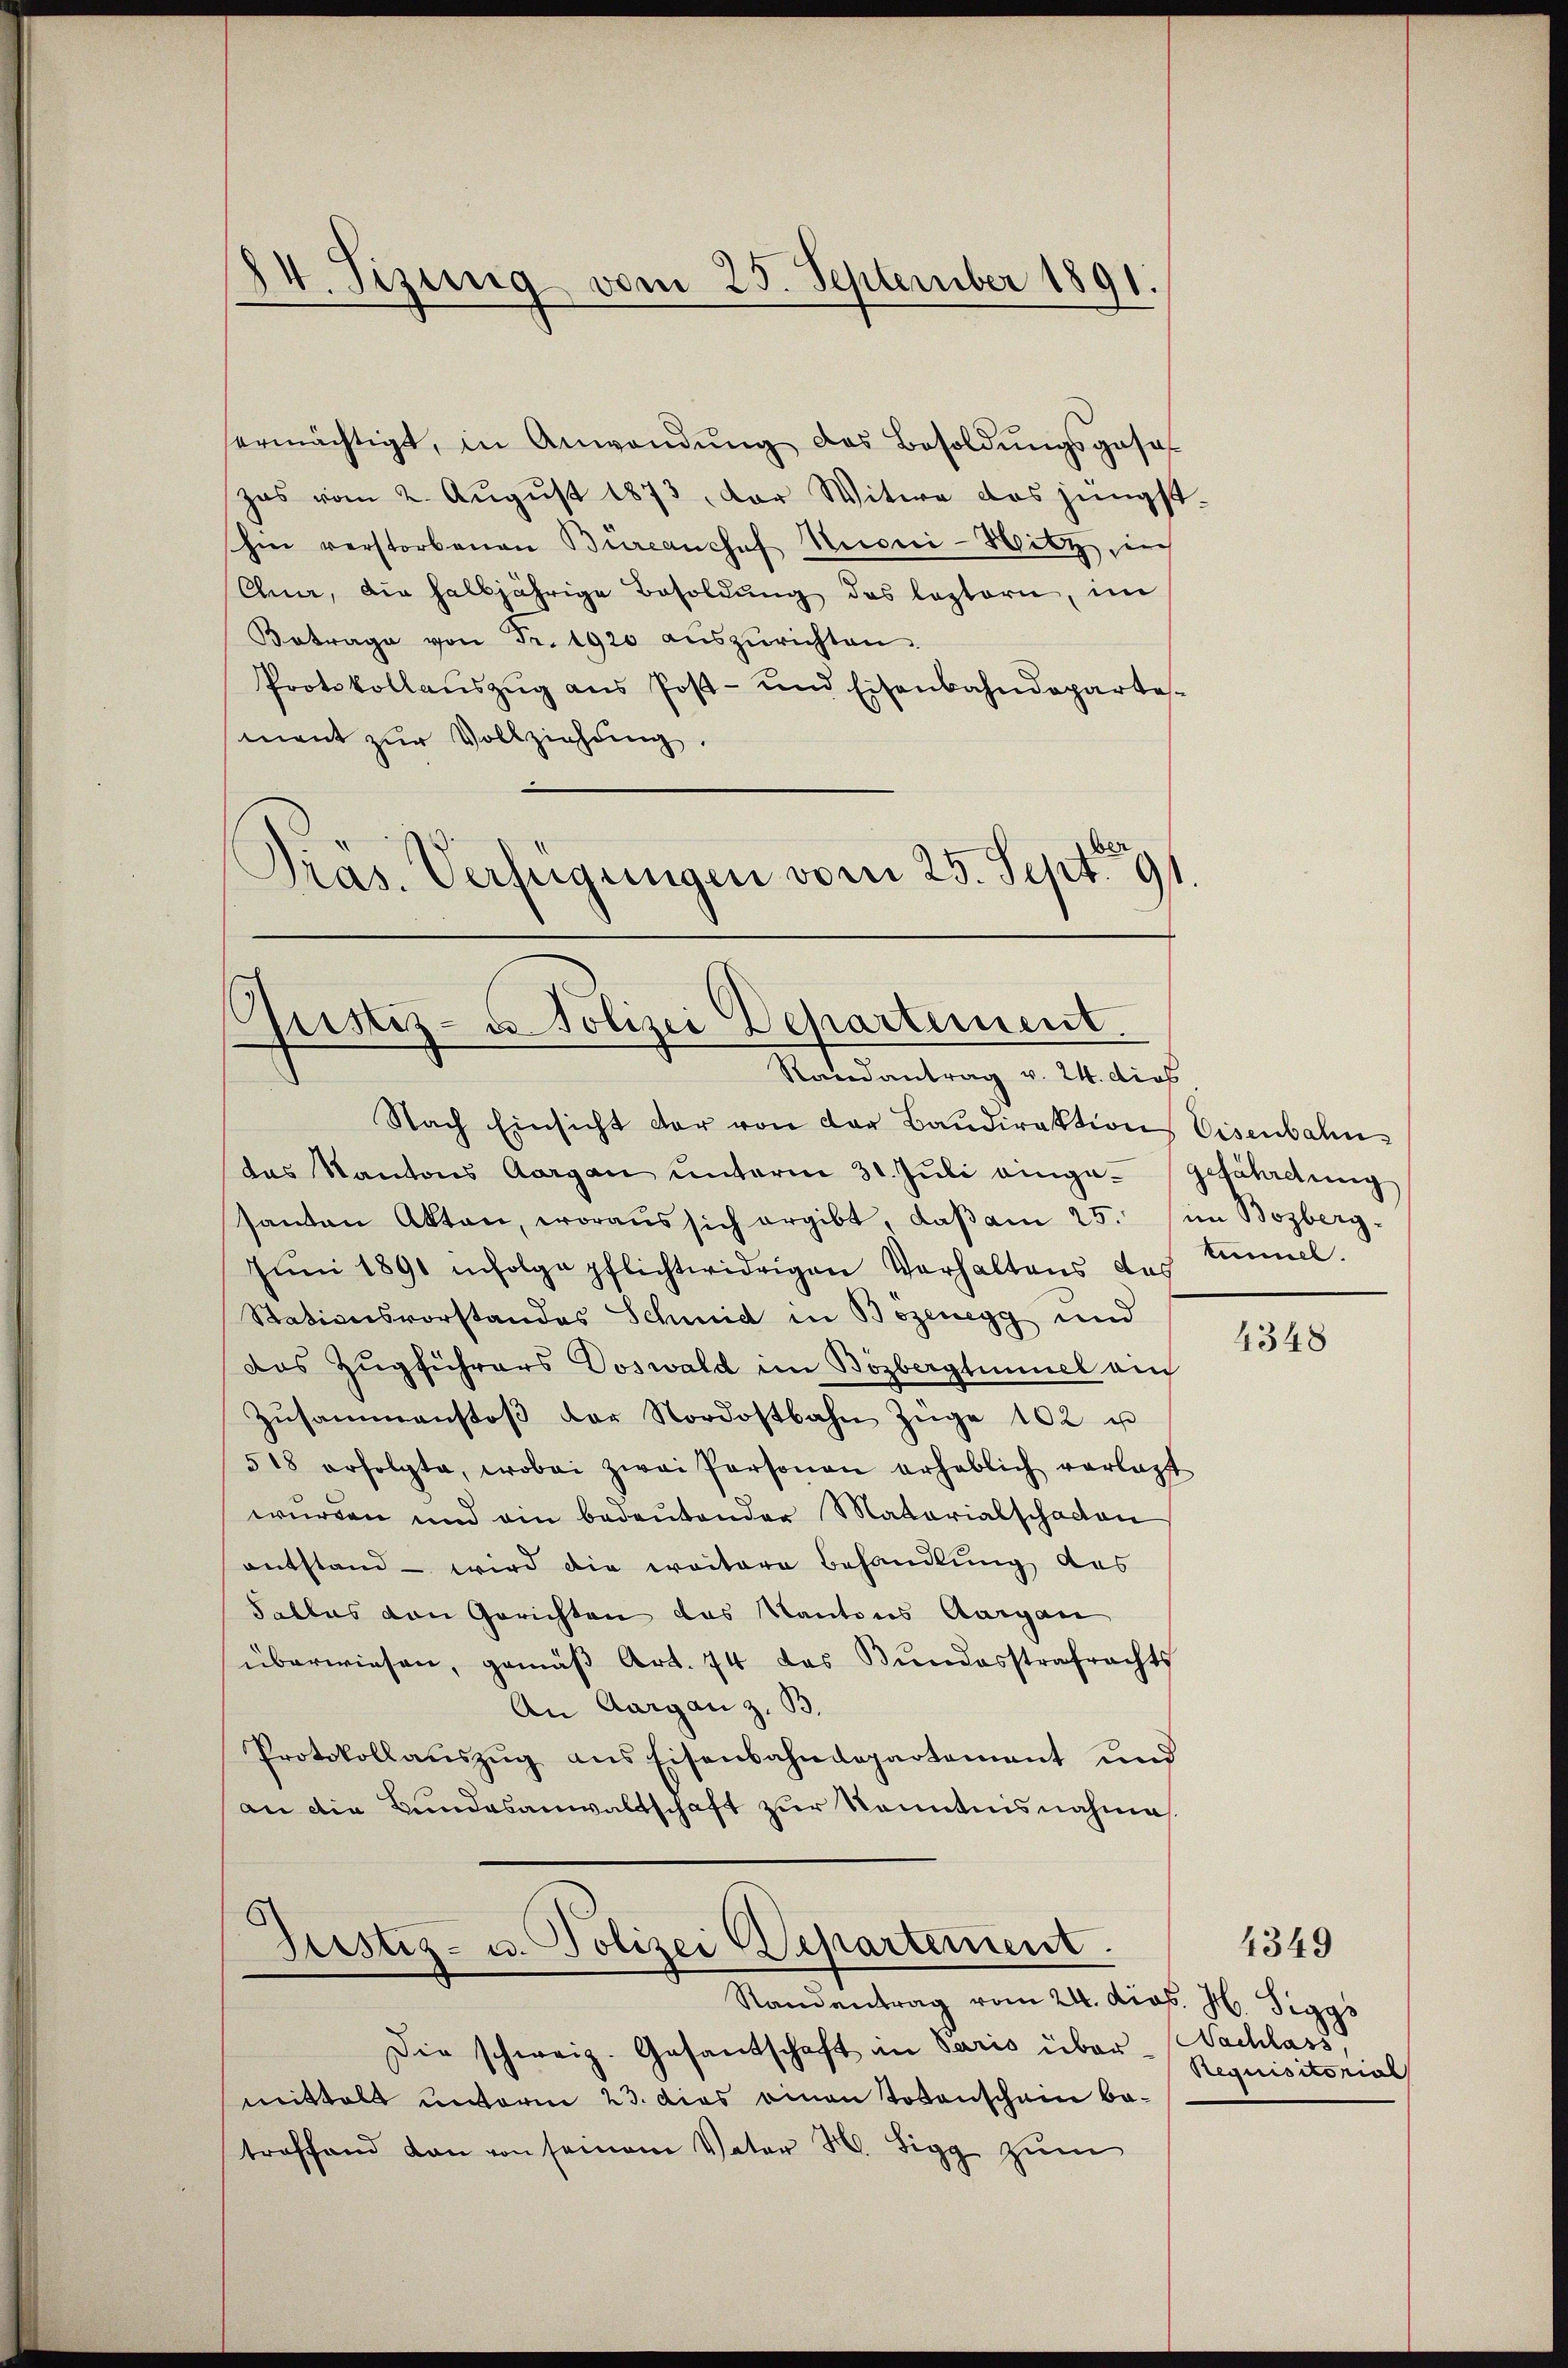
ermächtigt, in Anwendŭng des Besoldŭngsgeset
zas vom 2. August 1873, der Witwe das jüngst
hie verstorbenen Büreaushof Kuoni-Witz, in
Chur, die halbjährige Besoldung des leztern, im
Betrage von Fr. 1920 aŭszŭrichten.
Protokollaŭszŭg ans Post- und Eisenbahndeparte-
ment zur Vollziehung.
Pras. Verfügungen vom 25. Sept. 191

84. Tizung vom 25. September 1891.

Justiz- u. Polizei Departement.
Randantrag v. 24. dies

Nach Einsicht der von der Baŭdirektion Eisenbahn-
das Kantons Aargau ŭnterm 31. Jŭli einge- Gefährdung
santen Akten, woraus sich ergibt, daβ am 25. im Bozberg-
Juni 1891 infolge pflichtwidrigen Verhaltens das
Stationsvorstandes Schmid in Bözenegg und
das Zugführers Doswald im Bözbergtümmel au
Zŭsammenstoβ der Nordostbahn Züge 102 u
518 erfolgte, wobei zwei Personen erheblich verlast
wurden und ein bedeutender Materialschaden
entstand – wird die weitere Behandlung das
Satlos von Gerichten das Kantons Aargau
überwiesen, gemäβ Art. 74 das Bundesstrafrachts
An Aargau z. B.
Protokollaŭszŭg ans Eisenbahndepartement und
an die Bundesanwaltschaft zur Kenntnisnahme

Justiz- u. Polizei Departement.
Randantrag vom 24. dies. H. Siggs

tunnel.

4348

Requisitorial

Die schweiz. Gesandschaft in Paris über Nachlass,
mittels unterm 23. dies einen Totenschein betroffend dan von seinem Vater H. Sigg zum

4349